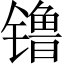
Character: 镥